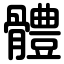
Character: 體